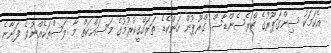
އެކަމަކު ސިންގަޕޫރުގެ ކްރެސެންޑާސް ގްރޫޕުން ހަންކެޑެ ތަރައްގީކުރުމުގެ މަސައްކަތް މާ ލަސްތަކެއްނުވެ ފަށާނެ